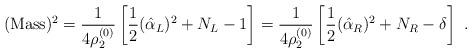
LaTeX: \begin{align*}({\rm Mass})^2 = {1\over 4\rho_2^{(0)}} \left[ {1\over 2}(\hat{\alpha}_L)^2 + N_L - 1\right]= {1\over 4\rho_2^{(0)}} \left[ {1\over 2} (\hat{\alpha}_R)^2 + N_R -\delta\right] ~.\end{align*}